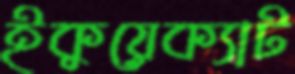
ইকুয়েক্যাট